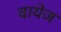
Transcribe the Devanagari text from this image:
वायेज